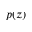
p ( z )